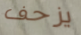
يزحف